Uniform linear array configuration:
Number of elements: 24
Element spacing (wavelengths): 0.5
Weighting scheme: cosine
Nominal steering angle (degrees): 0
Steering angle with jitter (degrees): -0.8871
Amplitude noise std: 0.05
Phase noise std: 0.05

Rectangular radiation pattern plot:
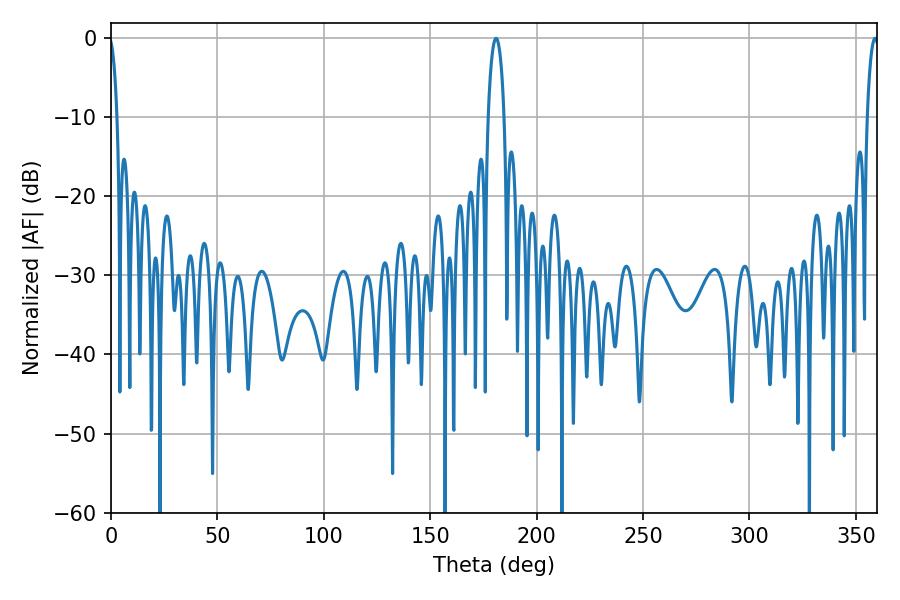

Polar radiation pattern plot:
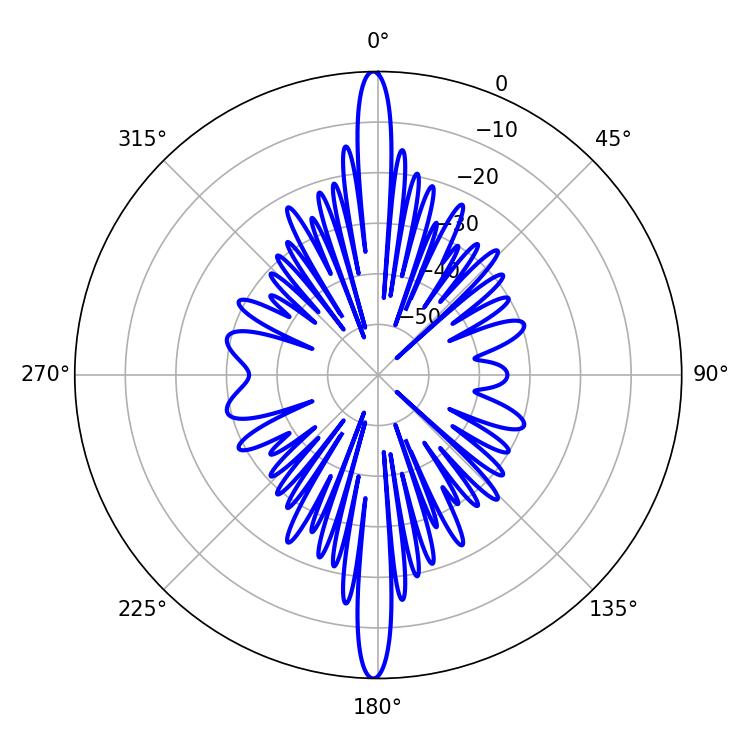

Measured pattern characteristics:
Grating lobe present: FALSE
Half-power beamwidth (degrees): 4.32
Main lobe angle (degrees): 180.9